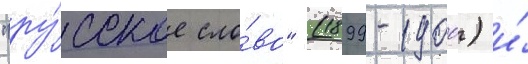
"ру́сское сло́во" (1899-1900) и́